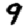
Digit: 9